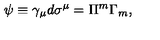
\psi \equiv \gamma _ { \mu } d \sigma ^ { \mu } = \Pi ^ { m } \Gamma _ { m } ,